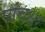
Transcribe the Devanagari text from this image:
पांचक्षर